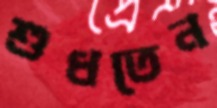
শুধতেন